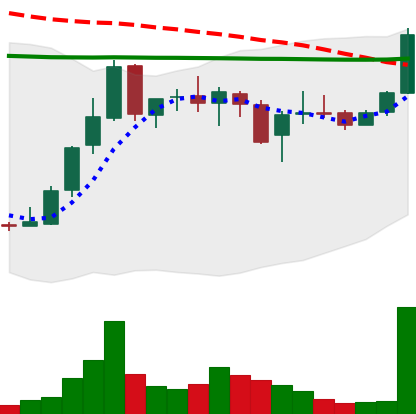
Ticker: LINK-USD
Chart end date: 2019-01-03
Forward return: 15.909%
Label: up_7plus